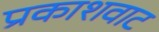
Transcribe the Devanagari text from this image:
प्रकाशवाट